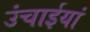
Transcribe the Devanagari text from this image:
उंचाईयां